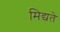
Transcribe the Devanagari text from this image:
मिद्यते